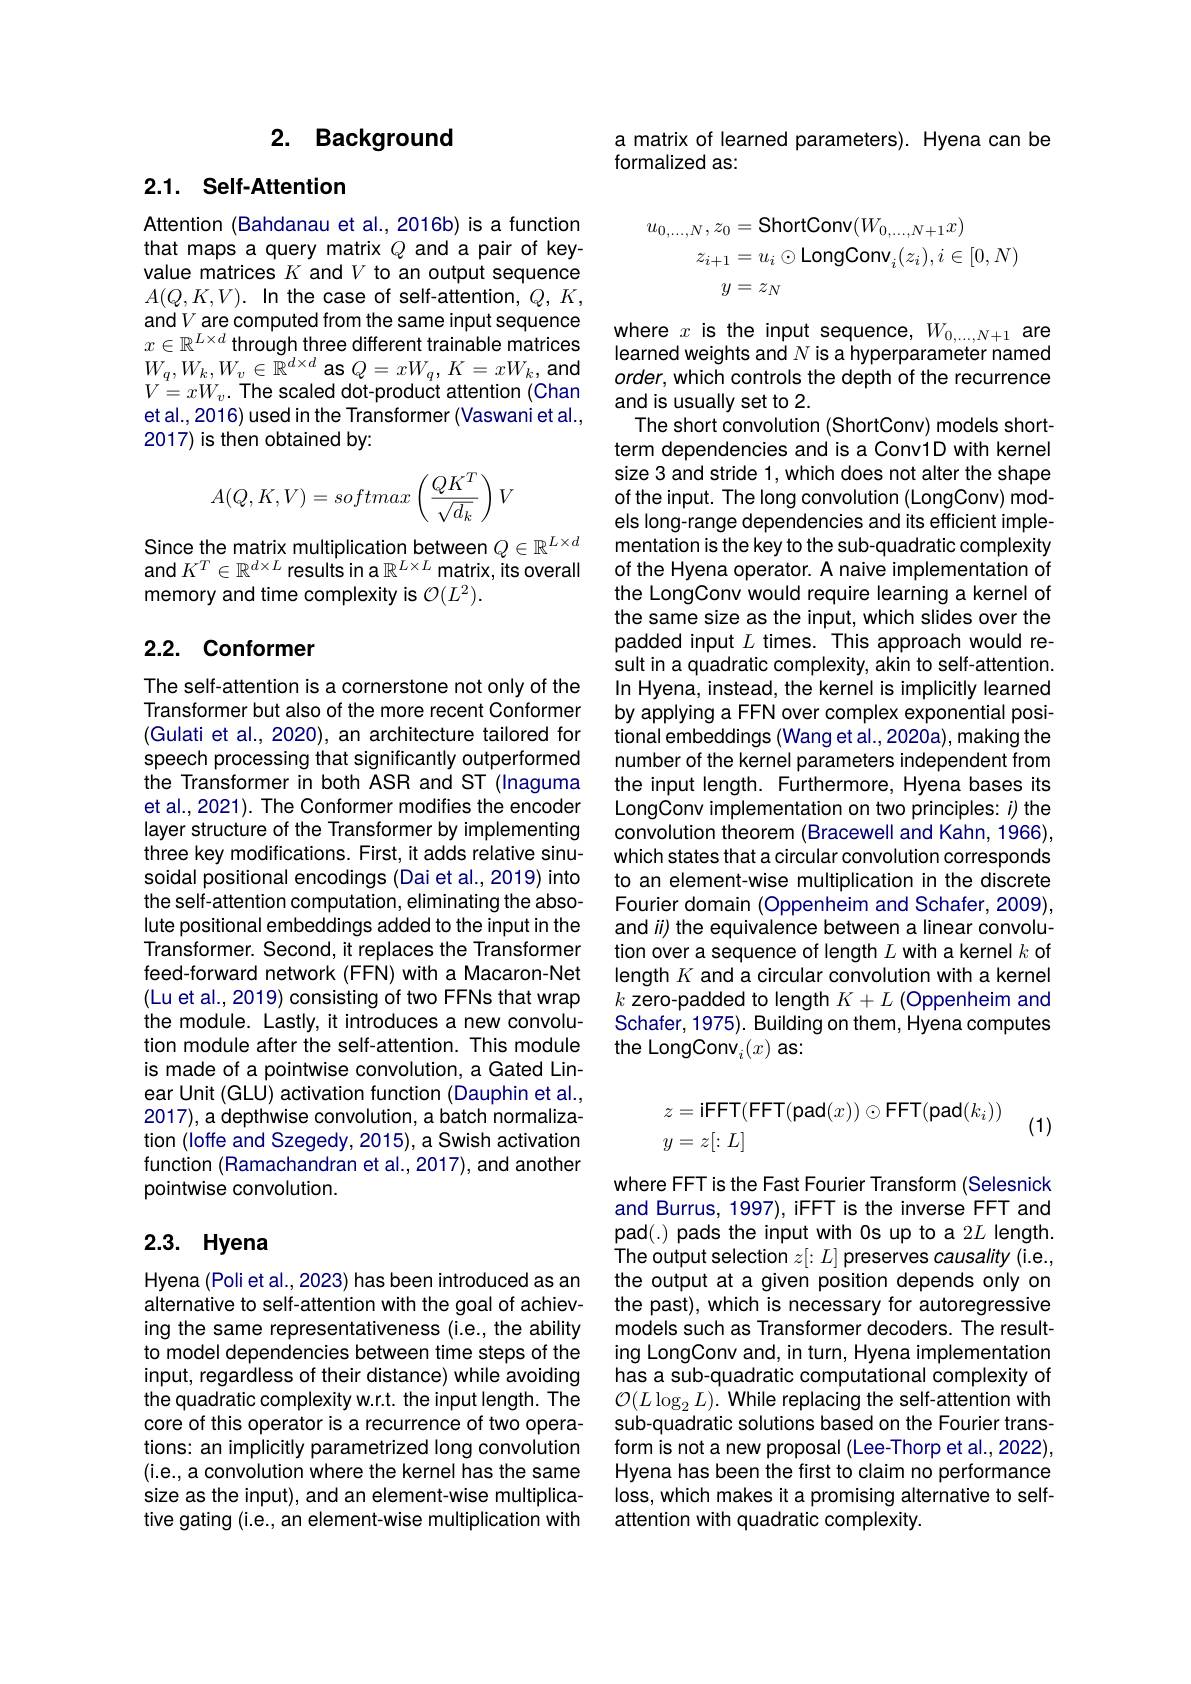
## 2. Background

## 2.1. Self-Attention

Attention (Bahdanau et al.,2016b) is a function that maps a query matrix $Q$ and a pair of keyvalue matrices $K$ and $V$ to an output sequence $A(Q,K,V).$ In the case of self-attention, $Q,K$, and V are computed from the same input sequence $x\in\mathbb{R}^{L\times d}$ through three different trainable matrices $W_{q},W_{k},W_{v}\in\tilde{\mathbb{R}}^{d\times d}$ as $Q=xW_q,K=xW_{k}$, and $V=xW_{v}.$ The scaled dot-product attention (Chan etal., 2016) used in the Transformer (Vaswani et al., 2017) is then obtained by:
$$A(Q,K,V)=softmax\left(\frac{QK^T}{\sqrt{d_k}}\right)V$$
Since the matrix multiplication between $Q\in\mathbb{R}^L\times d$ and $K^T\in\mathbb{R}^{d\times L}$ results in a $\mathbb{R}^L\times L$ matrix, its overall memory and time complexity is $\mathcal{O}(L^2).$

# 2.2. Conformer

The self-attention is a cornerstone not only of the Transformer but also of the more recent Conformer (Gulati et al., 2020), an architecture tailored for speech processing that significantly outperformed the Transformer in both ASR and ST (Inaguma et al., 2021). The Conformer modifies the encoder layer structure of the Transformer by implementing three key modifications. First, it adds relative sinusoidal positional encodings (Dai et al., 2019) into the self-attention computation, eliminating the absolute positional embeddings added to the input in the Transformer. Second, it replaces the Transformer feed-forward network (FFN) with a Macaron-Net (Lu et al., 2019) consisting of two FFNs that wrap the module. Lastly, it introduces a new convolution module after the self-attention. This module is made of a pointwise convolution, a Gated Linear Unit (GLU) activation function (Dauphin et al., 2017), a depthwise convolution, a batch normalization (loffe and Szegedy, 2015), a Swish activation function (Ramachandran et al., 2017), and another pointwise convolution.

## 2.3. Hyena

Hyena (Poli et al., 2023) has been introduced as an alternative to self-attention with the goal of achieving the same representativeness (i.e., the ability to model dependencies between time steps of the input, regardless of their distance) while avoiding the quadratic complexity w.r.t. the input length. The core of this operator is a recurrence of two operations: an implicitly parametrized long convolution (i.e., a convolution where the kernel has the same size as the input), and an element-wise multiplicative gating (i.e., an element-wise multiplication with

a matrix of learned parameters). Hyena can be
formalized as:
$$\begin{aligned}u_{0,\ldots,N},z_{0}&=\mathsf{ShortConv}(W_{0,\ldots,N+1}x)\\z_{i+1}&=u_{i}\odot\mathsf{LongConv}_{i}(z_{i}),i\in[0,N)\\y&=z_{N}\end{aligned}$$
where $x$ is the input sequence, $W_0,\ldots,N+1$ are learned weights and $N$ is a hyperparameter named order, which controls the depth of the recurrence and is usually set to 2.
The short convolution (ShortConv) models shortterm dependencies and is a Conv1D with kernel size 3 and stride 1, which does not alter the shape of the input. The long convolution (LongConv) models long-range dependencies and its efficient implementation is the key to the sub-quadratic complexity of the Hyena operator. A naive implementation of the LongConv would require learning a kernel of the same size as the input, which slides over the padded input $L$ times. This approach would result in a quadratic complexity, akin to self-attention. In Hyena, instead, the kernel is implicitly learned by applying a FFN over complex exponential positional embeddings (Wang et al.,2020a), making the number of the kernel parameters independent from the input length. Furthermore, Hyena bases its LongConv implementation on two principles: $i)$ the convolution theorem (Bracewell and Kahn, 1966), which states that a circular convolution corresponds to an element-wise multiplication in the discrete Fourier domain (Oppenheim and Schafer, 2009), and i) the equivalence between a linear convolution over a sequence of length $L$ with a kernel $k$ of length $K$ and a circular convolution with a kernel $k$ zero-padded to length $K+L$ (Oppenheim and Schafer, 1975). Building on them, Hyena computes the LongConv$_i(x)$ as:
$$\begin{aligned}z&=\text{iFFT}(\text{FFT}(\text{pad}(x))\odot\text{FFT}(\text{pad}(k_i))\\y&=z[:L]\end{aligned}$$
(1)

where FFT is the Fast Fourier Transform (Selesnick and Burrus, 1997), iFFT is the inverse FFT and pad(.) pads the input with Os up to a 2$L$ length. The output selection $z[:L]$ preserves causality (i.e., the output at a given position depends only on the past), which is necessary for autoregressive models such as Transformer decoders. The resulting LongConv and, in turn, Hyena implementation has a sub-quadratic computational complexity of $\mathcal{O}(L\log_2L).$ While replacing the self-attention with sub-quadratic solutions based on the Fourier transform is not a new proposal (Lee-Thorp et al.,2022), Hyena has been the first to claim no performance loss, which makes it a promising alternative to selfattention with quadratic complexity.